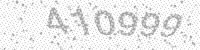
Solution: 410999